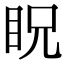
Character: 眖